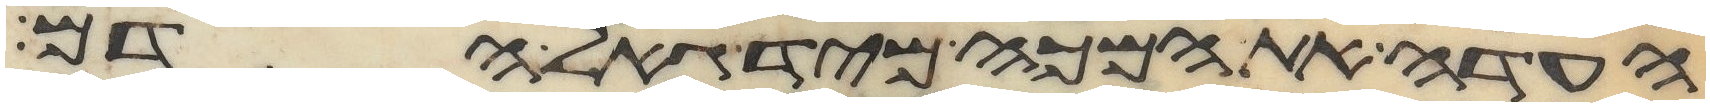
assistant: העדה את המכה מיד גאל הדם